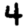
Digit: 4